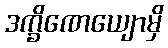
ဒက္ခိဏေယျောမှိ